Vaccination United Provinces of Agra and Oudh 1914-1922 - 1914-1922
Year: 1914
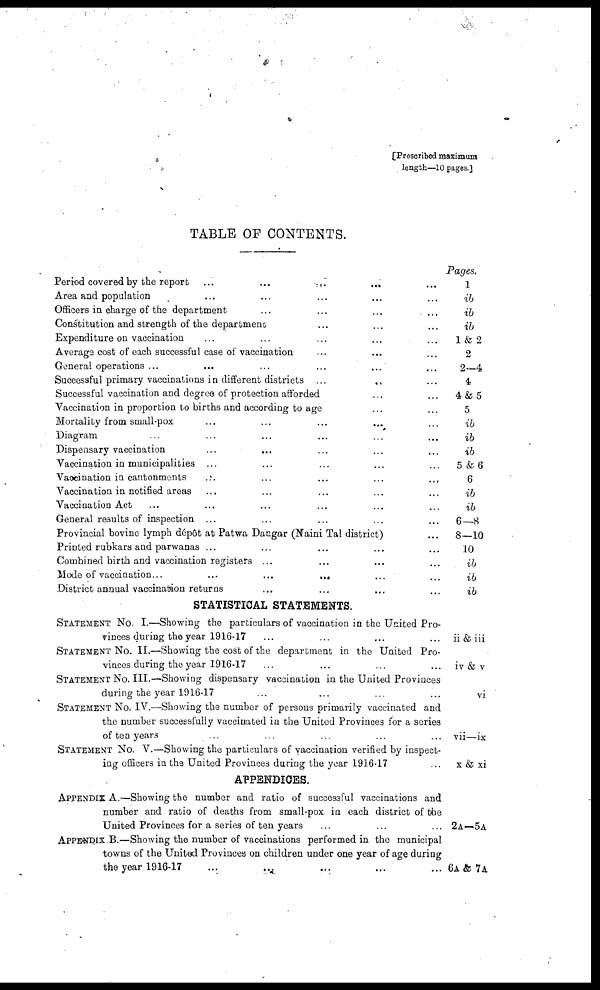
[Prescribed maximum
length—10 pages.]
TABLE OF CONTENTS.
Period covered by the report
...
...
...
... ...
Area and population ... ... ... ... ...
Officers in charge of the department ... ... ... ...
Constitution and strength of the department ... ... ...
Expenditure on vaccination ... ... ... ...
Average cost of each successful case of vaccination ... ... ...
General operations ... ... ... ... ...
Successful primary vaccinations in different districts ...
... ...
Successful vaccination and degree of protection afforded ... ...
Vaccination in proportion to births and according to age ... ...
Mortality from small-pox ... ... ... ... ...
Diagram ... ... ... ... ... ...
Dispensary vaccination ... ... ... ... ...
Vaccination in municipalities ... ... ... ... ...
Vaccination in cantonments ... ... ... ... ...
Vaccination in notified areas ... ... ... ... ...
Vaccination Act ... ... ... ... ... ...
General results of inspection ... ... ... ... ...
Provincial bovine lymph dépôt at Patwa Dangar (Naini Tal district) ...
Printed rubkars and parwanas ... ... ... ... ...
Combined birth and vaccination registers ... ... ... ...
Mode of vaccination...
...
...
...
... ...
District annual vaccination returns ... ... ... ...
STATISTICAL STATEMENTS.
STATEMENT No. I.—Showing the particulars of vaccination in the United Pro-
vinces during the year 1916-17 ... ... ... ...
STATEMENT No. II.—Showing the cost of the department in the United Pro-
vinces during the year 1916-17 ... ... ... ...
STATEMENT No. III.—Showing dispensary vaccination in the United Provinces
during the year 1916-17 ... ... ... ...
STATEMENT No. IV.—Showing the number of persons primarily vaccinated and
the number successfully vaccinated in the United Provinces for a series
of ten years
... ... ... ... ...
STATEMENT No. V.—Showing the particulars of vaccination verified by inspect-
ing officers in the United Provinces during the year 1916-17 ...
APPENDICES.
APPENDIX A.—Showing the number and ratio of successful vaccinations and
number and ratio of deaths from small-pox in each district of the
United Provinces for a series of ten years ... ... ...
APPENDIX B.—Showing the number of vaccinations performed in the municipal
towns of the United Provinces on children under one year of age during
the year 1916-17 ... ... ... ... ...
Pages.
1
ib
ib
ib
1 & 2
2
2—4
4
4 & 5
5
ib
ib
ib
5 & 6
6
ib
ib
6—8
8—10
10
ib
ib
ib
ii & iii
iv & v
vi
vii—ix
x & xi
2A—5A
6A & 7A